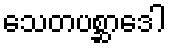
သေတပစ္ဆာဒေါ